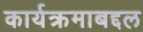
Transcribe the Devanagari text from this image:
कार्यक्रमाबद्दल